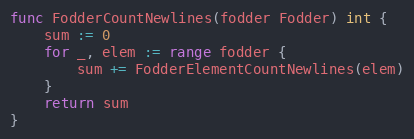
Language: Go
func FodderCountNewlines(fodder Fodder) int {
	sum := 0
	for _, elem := range fodder {
		sum += FodderElementCountNewlines(elem)
	}
	return sum
}